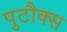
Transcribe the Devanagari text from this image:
पुटौक्स